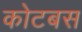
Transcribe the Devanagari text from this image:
कोटबस